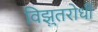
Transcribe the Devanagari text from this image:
विझुतरोधी